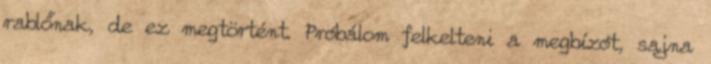
rablőnak, de ez megtörtént. Próbálom felkelteni a megbízót, sajna